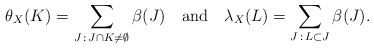
\begin{align*}\theta_X(K) = \sum_{J\, :\, J\cap K \not = \emptyset } \beta(J)\ \ \mbox{ and }\ \ \lambda_X(L) = \sum_{J\, :\, L\subset J} \beta(J).\end{align*}